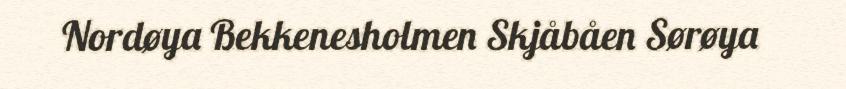
Nordøya Bekkenesholmen Skjåbåen Sørøya